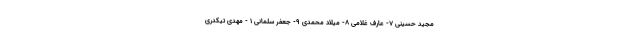
مجید حسینى ٧- عارف غلامى ٨- میلاد محمدى ٩- جعفر سلمانى ١ - مهدی تیکدرى